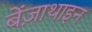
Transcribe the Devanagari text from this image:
बेंज़ाथाइन